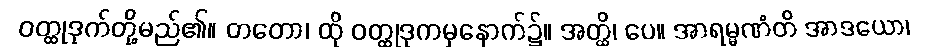
ဝတ္ထုဒုက်တို့မည်၏။ တတော၊ ထို ဝတ္ထုဒုကမှနောက်၌။ အတ္ထိ၊ ပေ။ အာရမ္မဏံတိ အာဒယော၊